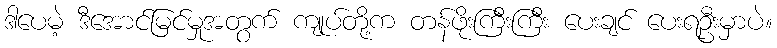
ဒါပေမဲ့ ဒီအောင်မြင်မှုအတွက် ကျုပ်တို့က တန်ဖိုးကြီးကြီး ပေးချင် ပေးရဦးမှာပဲ။